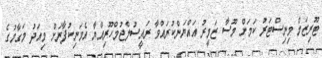
ޓޫރިޒަމް މިނިސްޓަރު ކަމަށް މޫސާ ޒަމީރު އައްޔަންކުރައްވާ ރައީސުލްޖުމްހޫރިއްޔާ އެމަނިކުފާނަށް މިއަދު މަގާމުގެ